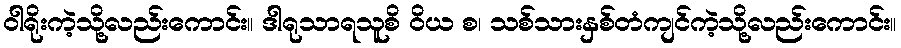
ဝါရိုးကဲ့သို့လည်းကောင်း။ ဒါရုသာရသူစိ ဝိယ စ၊ သစ်သားနှစ်တံကျင်ကဲ့သို့လည်းကောင်း။